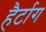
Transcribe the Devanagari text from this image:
हैर्टाग